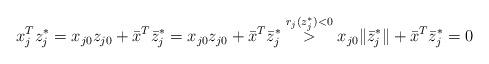
LaTeX: \begin{align*}x_j^Tz^*_j = x_{j0}z_{j0} + \bar x ^T\bar z^*_j = x_{j0}z_{j0} + \bar x^T\bar z^*_j \stackrel{r_j(z_j^*)<0}{>}x_{j0}\|\bar z_j^*\| + \bar x ^T\bar z^*_j = 0\end{align*}